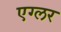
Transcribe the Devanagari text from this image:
एग्लर